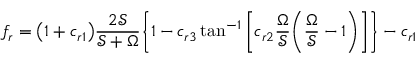
f _ { r } = \big ( 1 + c _ { r 1 } \big ) \frac { 2 \mathcal { S } } { \mathcal { S } + \Omega } \Bigg \{ 1 - c _ { r 3 } \tan ^ { - 1 } \Bigg [ c _ { r 2 } \frac { \Omega } { \mathcal { S } } \Bigg ( \frac { \Omega } { \mathcal { S } } - 1 \Bigg ) \Bigg ] \Bigg \} - c _ { r 1 }